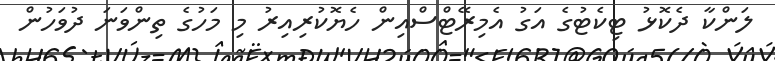
ލަންކާ ދެކޮޅު ޓިކެޓުގެ އަގު އެމިރޭޓްސްއިން ހެޔޮކުރިއިރު މި މަހުގެ ތިންވަނަ ދުވަހުން